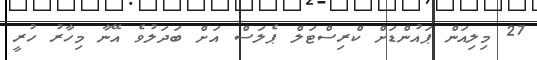
27 މިލިއަން ޕައުންޑަށް ކްރިސްޓަލް ޕެލަސް އަށް ބަދަލުވެ އޭނާ މިހާރު ހުރީ